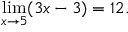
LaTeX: \operatorname* { l i m } _ { x \to 5 } ( 3 x - 3 ) = 1 2 .